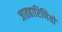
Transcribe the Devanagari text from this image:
जातहारिणियों